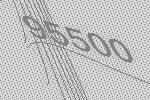
95500